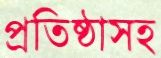
প্রতিষ্ঠাসহ